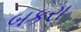
બકરા